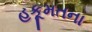
હકૂમતના